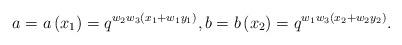
LaTeX: \begin{align*}a=a\left(x_{1}\right)=q^{w_{2}w_{3}\left(x_{1}+w_{1}y_{1}\right)},b=b\left(x_{2}\right)=q^{w_{1}w_{3}\left(x_{2}+w_{2}y_{2}\right)}.\end{align*}